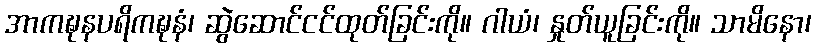
အာကဍ္ဎနပရိကဍ္ဎနံ၊ ဆွဲဆောင်ငင်ထုတ်ခြင်းကို။ ဂါယံ၊ နှုတ်ယူခြင်းကို။ သာမိနော၊